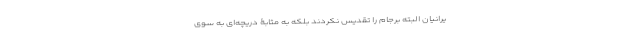
یرانیان البته برجام را تقدیس نکردند بلکه به مثابۀ دریچه‌ای به سوی